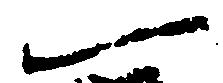
一